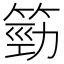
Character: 𥯙